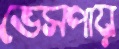
ভেসপায়